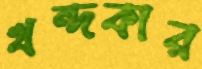
খন্দকার